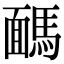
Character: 𩤤